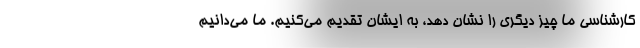
کارشناسی ما چیز دیگری را نشان دهد، به ایشان تقدیم می‌کنیم. ما می‌دانیم